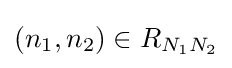
(n_{1},n_{2})\in R_{N_{1}N_{2}}